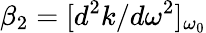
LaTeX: \beta_{2}=[d^{2}k/d\omega^{2}]_{\omega_{0}}